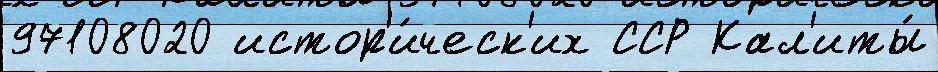
97108020 истор'и́ческ'их ССР Кал'иты́